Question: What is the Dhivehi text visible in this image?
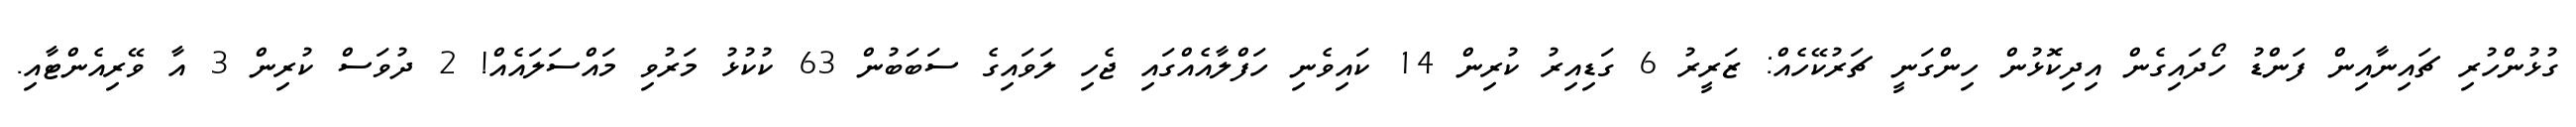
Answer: ގުޅުންހުރި ޗައިނާއިން ފަންޑު ހޯދައިގެން އިދިކޮޅުން ހިންގަނީ ޗަރުކޭހެއް: ޒަރީރު 6 ގަޑިއިރު ކުރިން 14 ކައިވެނި ހަފްލާއެއްގައި ޖެހި ލަވައިގެ ސަބަބުން 63 ކުކުޅު މަރުވި މައްސަލައެއް! 2 ދުވަސް ކުރިން 3 އާ ވޭރިއެންޓާއި.